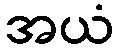
အယံ